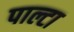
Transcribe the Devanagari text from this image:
पाल्टा